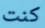
كنت